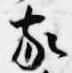
家